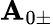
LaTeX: \mathbf{A}_{\mathrm{{0\pm}}}